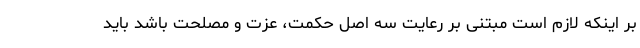
بر اینکه لازم است مبتنی بر رعایت سه اصل حکمت، عزت و مصلحت باشد باید